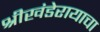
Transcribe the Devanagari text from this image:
श्रीखंडेरायाचा